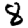
Digit: 8